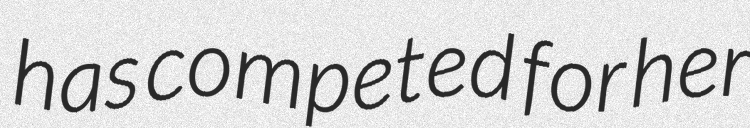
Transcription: has competed for her